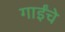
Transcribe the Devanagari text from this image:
गाईंचे